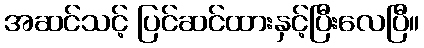
အဆင်သင့် ပြင်ဆင်ထားနှင့်ပြီးလေပြီ။